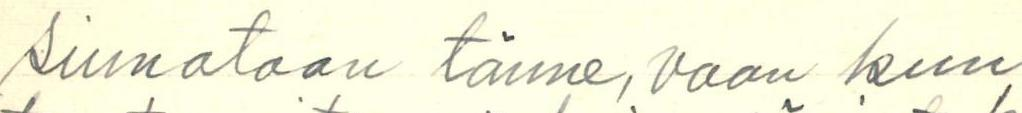
siunataan tänne, vaan kun